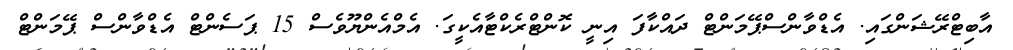
އާބިޓްރޭޝަންގައި. އެޑްވާންސްޕޭމަންޓް ދައްކާފަ އިނީ ކޮންޓްރެކްޓާއެކީގަ. އެމްއެންޔޫވެސް 15 ޕަސެންޓް އެޑްވާންސް ޕޭމަންޓް